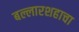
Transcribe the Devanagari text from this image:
बल्लारशहाचा